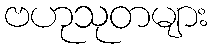
ဗဟုသုတများ